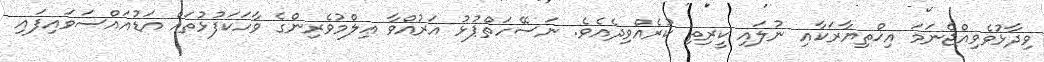
ވިދާޅުވެވިއްޖެނަމަ އިޚްތިޔާރަކާއި ނުލައި ކީރިތި ކުރެއްވިދެއެވެ. ނަސޭހަތްޕުޅު އަރުއްވާ ޢިލްމުވެރިންގެ ވާހަކަފުޅުތައް އަޑުއައްސަވައިފައި